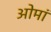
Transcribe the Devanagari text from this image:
ओमां